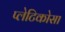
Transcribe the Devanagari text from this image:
प्लेटिकोसा